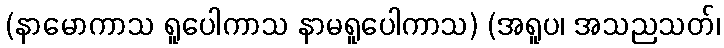
(နာမောကာသ ရူပေါကာသ နာမရူပေါကာသ) (အရူပ၊ အသညသတ်၊